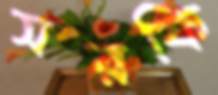
সরফি